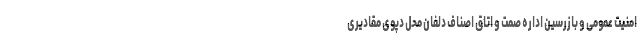
امنیت عمومی و بازرسین اداره صمت و اتاق اصناف دلفان محل دپوی مقادیری